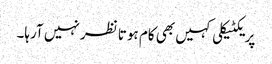
پریکٹیکلی کہیں بھی کام ہوتا نظر نہیں آرہا۔